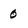
Character: 0